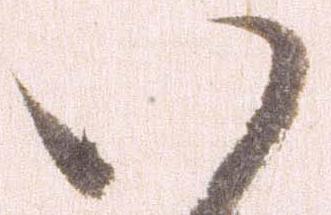
い